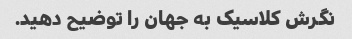
نگرش کلاسیک به جهان را توضیح دهید.